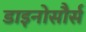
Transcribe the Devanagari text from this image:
डाइनोसौर्स